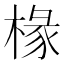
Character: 椽